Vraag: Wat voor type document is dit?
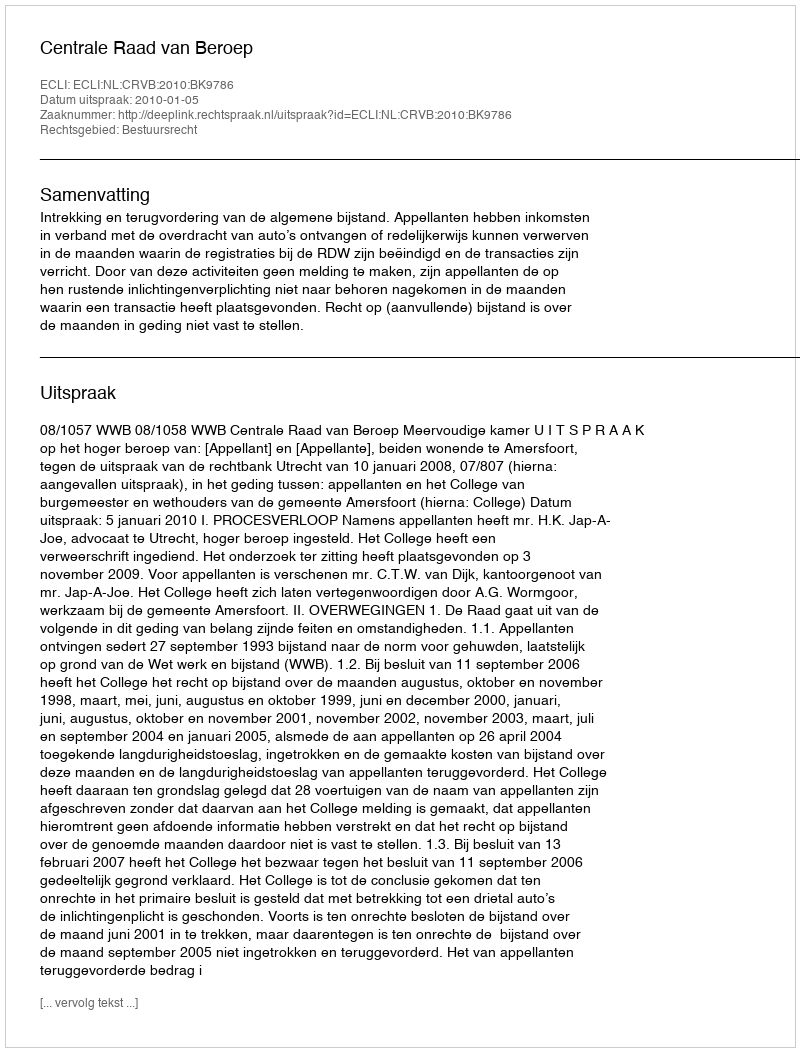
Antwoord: Uitspraak